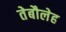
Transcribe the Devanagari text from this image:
तेबौलेह